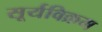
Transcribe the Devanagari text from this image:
सूर्यविक्रम